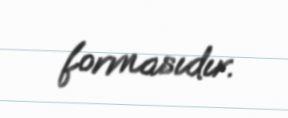
formasıdır.